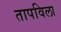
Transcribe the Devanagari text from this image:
तापविला